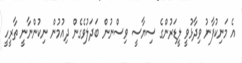
އެ މަނިކުފާނު ވިދާޅުވީ ލީޑަރުންގެ ސިޔާސީ ވިސްނުން ބަދަލުވެގެން ދިއުމުން ނިކުންނާނީ ތާރީހީ